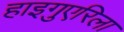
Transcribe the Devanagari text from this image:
हाइगुएरिला